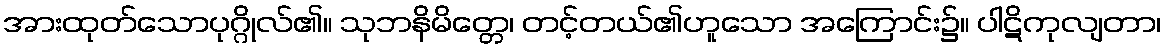
အားထုတ်သောပုဂ္ဂိုလ်၏။ သုဘနိမိတ္တေ၊ တင့်တယ်၏ဟူသော အကြောင်း၌။ ပါဋိကုလျတာ၊